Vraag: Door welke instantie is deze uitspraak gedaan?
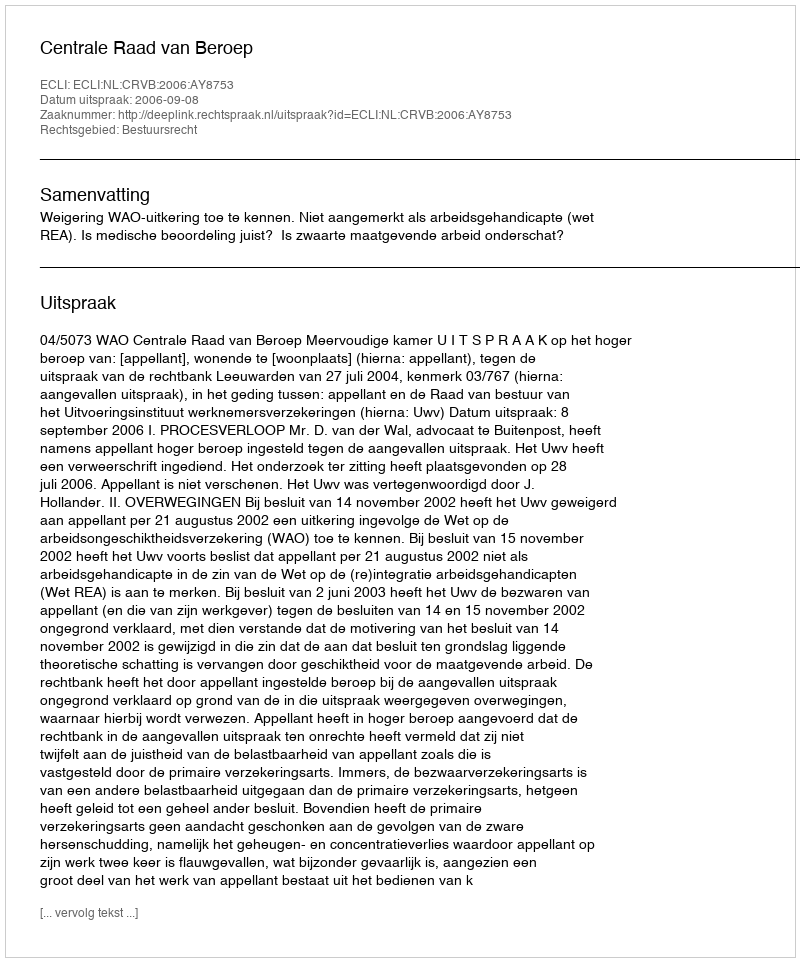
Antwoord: Centrale Raad van Beroep